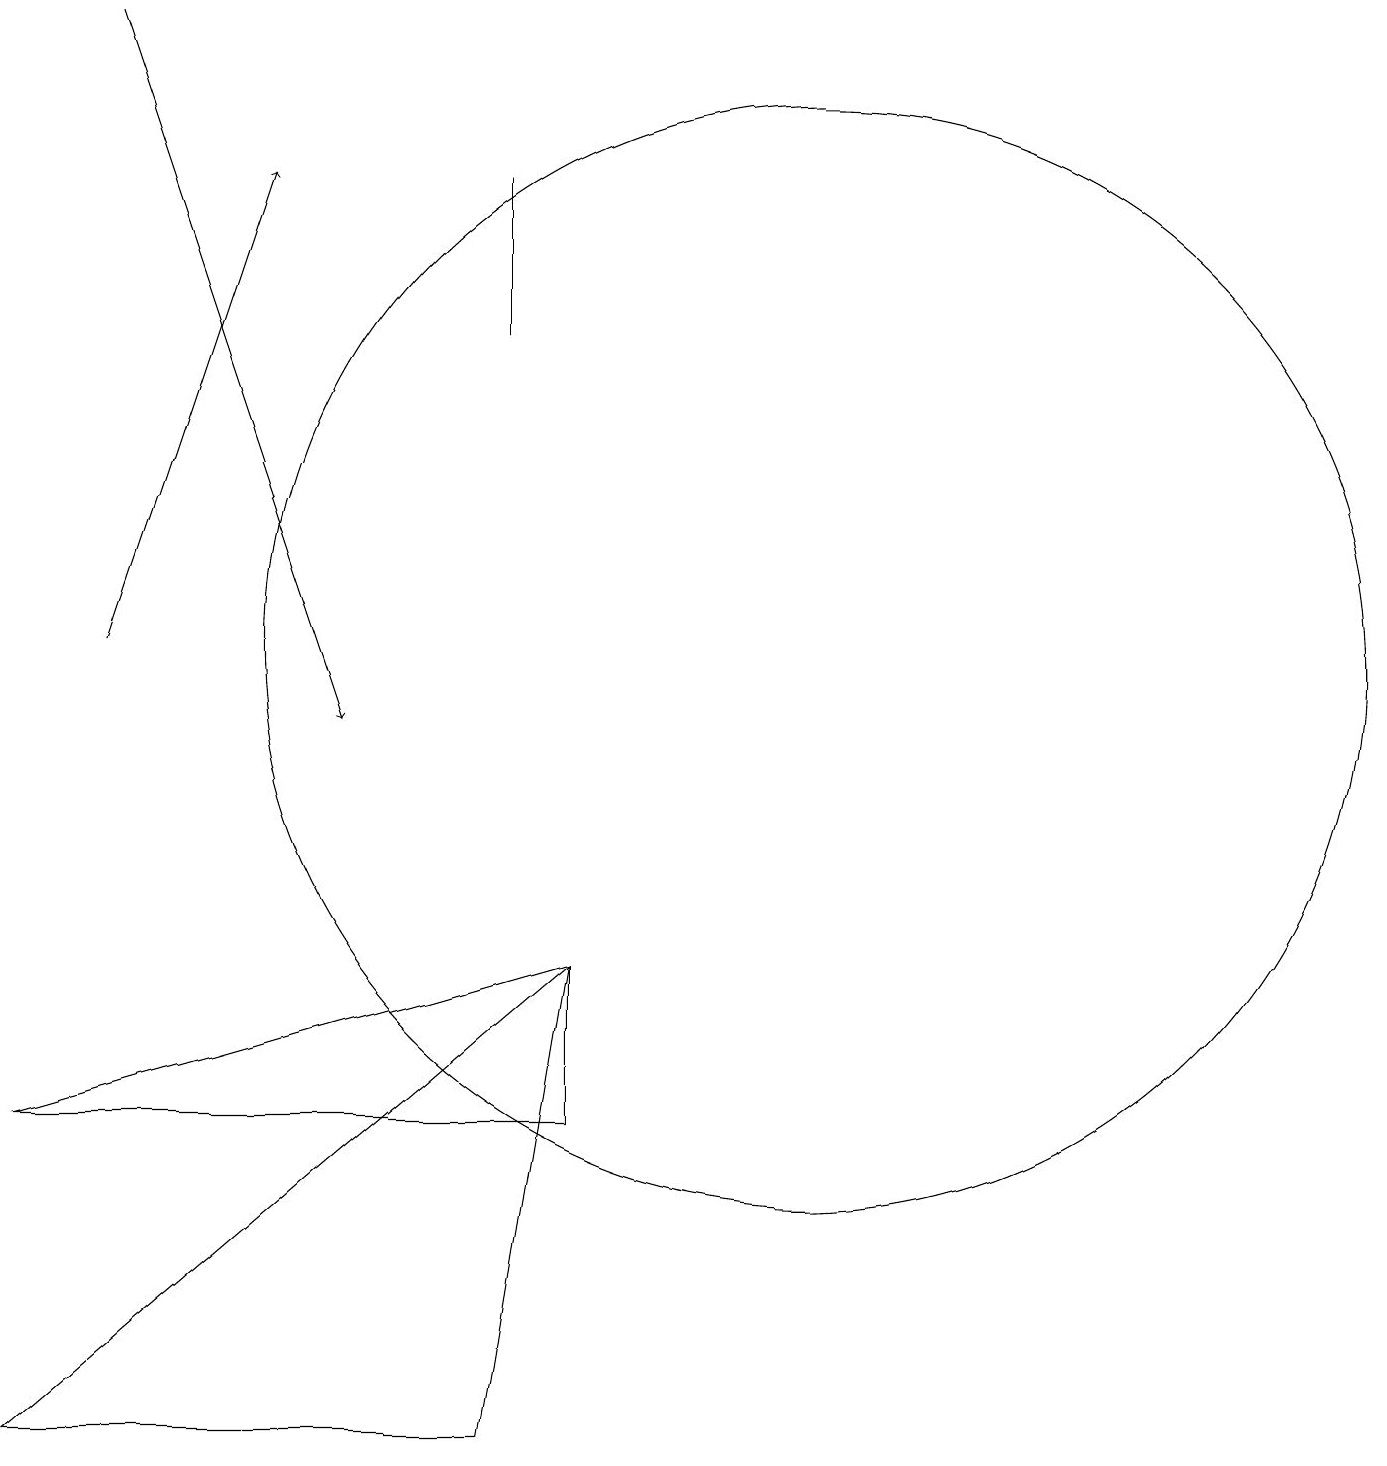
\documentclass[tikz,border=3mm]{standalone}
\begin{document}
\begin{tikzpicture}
\draw[->] (2,11) -- (4,17);
\draw[->] (2,19) -- (5,10);
\draw (1,5) -- (8,5) -- (8,7) -- cycle;
\draw (7,15) rectangle (7,17);
\draw (8,7) -- (7,1) -- (1,1) -- cycle;
\draw (11,11) circle (7);
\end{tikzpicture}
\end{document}